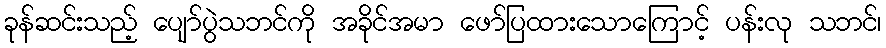
ခုန်ဆင်းသည့် ပျော်ပွဲသဘင်ကို အခိုင်အမာ ဖော်ပြထားသောကြောင့် ပန်းလု သဘင်၊